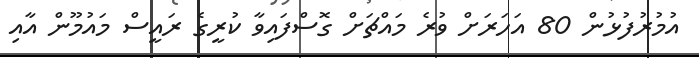
އުމުރުފުޅުން 80 އަހަރަށް ވުރެ މައްޗަށް ގޮސްފައިވާ ކުރީގެ ރައީސް މައުމޫން އާއި